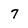
Character: 7